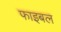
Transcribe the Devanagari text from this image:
फाइबल